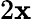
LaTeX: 2\mathbf{x}